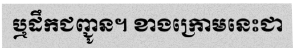
ឬដឹកជញ្ជូន។ ខាងក្រោមនេះជា